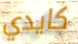
كايدي